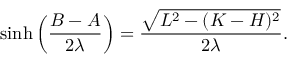
\sinh \left( \frac { B - A } { 2 \lambda } \right) = \frac { \sqrt { L ^ { 2 } - ( K - H ) ^ { 2 } } } { 2 \lambda } .